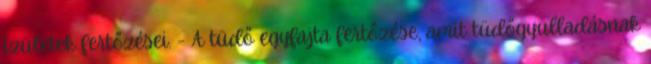
ízületek fertőzései. - A tüdő egyfajta fertőzése, amit tüdőgyulladásnak